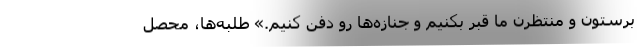
برستون و منتظرن ما قبر بكنيم و جنازه‌ها رو دفن كنيم.» طلبه‌ها، محصل